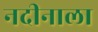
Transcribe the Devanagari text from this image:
नदीनाला